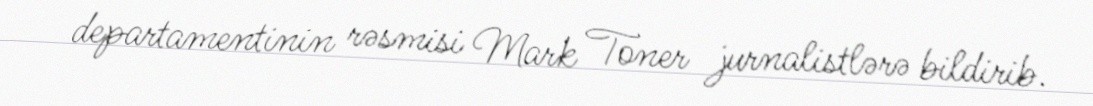
departamentinin rəsmisi Mark Toner jurnalistlərə bildirib.